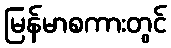
မြန်မာစကားတွင်